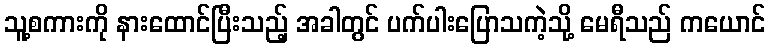
သူ့စကားကို နားထောင်ပြီးသည့် အခါတွင် ပက်ပါးပြောသကဲ့သို့ မေရီသည် ကယောင်